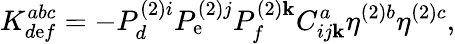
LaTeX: K_{d\mathrm{e}f}^{abc}=-P_{d}^{(2)i}P_{\mathrm{e}}^{(2)j}P_{f}^{(2)\mathbf{k}}C_{ij\mathbf{k}}^{a}\eta^{(2)b}\eta^{(2)c},